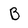
Character: B